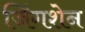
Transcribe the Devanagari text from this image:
जिंगशेन